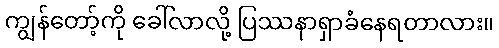
ကျွန်တော့်ကို ခေါ်လာလို့ ပြဿနာရှာခံနေရတာလား။